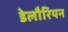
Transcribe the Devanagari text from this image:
डेलौरियन